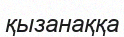
қызанаққа